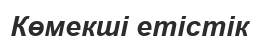
Көмекші етістік